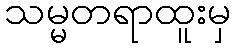
သမ္မတရာထူးမှ